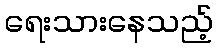
ရေးသားနေသည့်